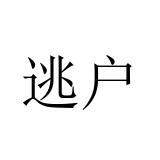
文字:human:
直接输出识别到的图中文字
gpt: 逃户